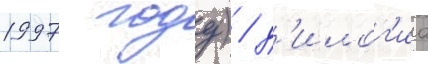
1997 году) / д'илог'иа